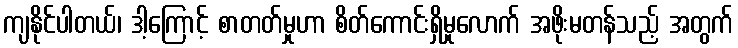
ကျနိုင်ပါတယ်၊ ဒါ့ကြောင့် စာတတ်မှုဟာ စိတ်ကောင်းရှိမှုလောက် အဖိုးမတန်သည့် အတွက်